Annual report on the Civil Veterinary Department, Burma (including the Insein Veterinary School) - 1910-1922
Year: 1910
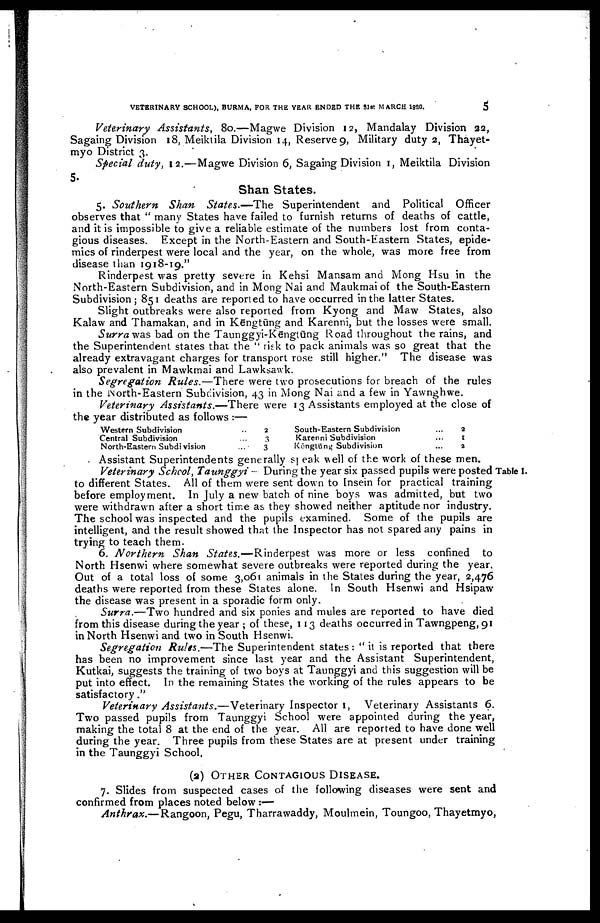
VETERINARY SCHOOL), BURMA, FOR THE YEAR ENDED THE 31st MARCH 1920.
5
Veterinary Assistants,
80.—Magwe Division 12, Mandalay Division 222,
Sagaing Division 18, Meiktila Division 14, Reserve 9, Military duty 2, Thayet-
myo District 3.
Special duty, 12.—Magwe Division 6, Sagaing Division 1, Meiktila Division
5.
Shan States.
5. Southern
Shan States.—The
Superintendent and Political Officer
observes that " many States have failed to furnish returns of deaths of cattle,
and it is impossible to give a reliable estimate of the numbers lost from conta
gious diseases. Except in the North-Eastern and South-Eastern States, epide
mics of rinderpest were local and the year, on the whole, was more free from
disease than 1918-19."
Rinderpest was pretty severe in Kehsi Mansam and Mong Hsu in the
North-Eastern Subdivision, and in Mong Nai and Maukmai of the South-Eastern
Subdivision; 851 deaths are reported to have occurred in the latter States.
Slight outbreaks were also reported from Kyong and Maw States, also
Kalaw and Thamakan, and in Kēngtūng and Karenni, but the losses were small.
Surra was bad on the Taunggyi-Kgngtung Road throughout the rains, and
the Superintendent states that the " risk to pack animals was so great that the
already extravagant charges for transport rose still higher." The disease was
also prevalent in Mawkmai and Lawksawk.
Segregation Rules.—There
were two prosecutions for breach of the rules
in the North-Eastern Subdivision, 43 in Mong Nai and a few in Yawnghwe.
Veterinary Assistants.—There
were 13 Assistants employed at the close of
the year distributed as follows :—
Western Subdivision ...
Central Subdivision ...
North-Eastern Subdivision ...
2
3
3
South-Eastern Subdivision ...
Karenni Subdivision ...
Kēngtūng Subdivision ...
2
1
1
Assistant Superintendents generally speak well of the work of these men.
Table I.
Veterinary School, Taunggyi ~ During the year six passed pupils were posted
to different States. All of them were sent down to Insein for practical training
before employment. In July a new batch of nine boys was admitted, but two
were withdrawn after a short time as they showed neither aptitude nor industry.
The school was inspected and the pupils examined. Some of the pupils are
intelligent, and the result showed that the Inspector has not spared any pains in
trying to teach them.
6. Northern
Shan States.—Rinderpest
was more or less confined to
North Hsenwi where somewhat severe outbreaks were reported during the year.
Out of a total loss of some 3,061 animals in the States during the year, 2,476
deaths were reported from these States alone. In South Hsenwi and Hsipaw
the disease was present in a sporadic form only.
Surra.—Two hundred and six ponies and mules are reported to have died
from this disease during the year ; of these, 113 deaths occurred in Tawngpeng, 91
in North Hsenwi and two in South Hsenwi.
Segregation Rules.—The Superintendent states : " it is reported that there
has been no improvement since last year and the Assistant Superintendent,
Kutkai, suggests the training of two boys at Taunggyi and this suggestion will be
put into effect. In the remaining States the working of the rules appears to be
satisfactory."
Veterinary Assistants.—Veterinary
Inspector 1, Veterinary Assistants 6.
Two passed pupils from Taunggyi School were appointed during the year,
making the total 8 at the end of the year. All are reported to have done well
during the year. Three pupils from these States are at present under training
in the Taunggyi School,
(a) OTHER CONTAGIOUS DISEASE.
7. Slides from suspected cases of the following diseases were sent and
confirmed from places noted below :—
Anthrax.—Rangoon,
Pegu, Tharrawaddy, Moulmein, Toungoo, Thayetmyo,